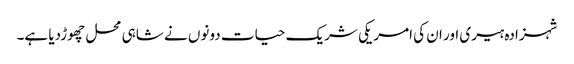
شہزادہ ہیری اور ان کی امریکی شریک حیات دونوں نے شاہی محل چھوڑدیا ہے۔